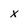
Character: x